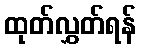
ထုတ်လွှတ်ရန်